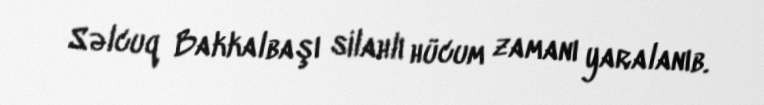
Səlcuq Bakkalbaşı silahlı hücum zamanı yaralanıb.